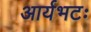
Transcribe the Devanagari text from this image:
आर्यभटः